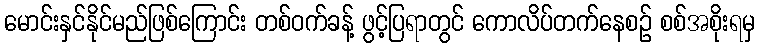
မောင်းနှင်နိုင်မည်ဖြစ်ကြောင်း တစ်ဝက်ခန့် ဖွင့်ပြရာတွင် ကောလိပ်တက်နေစဉ် စစ်အစိုးရမှ